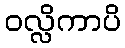
ဝလ္လိကာပိ